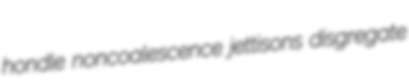
hondle noncoalescence jettisons disgregate